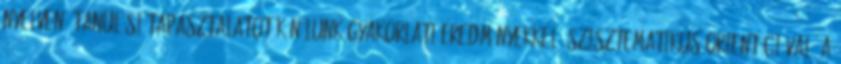
nyelven. Tanulási tapasztalatot kínálunk gyakorlati eredményekkel, szisztematikus orientációval, a